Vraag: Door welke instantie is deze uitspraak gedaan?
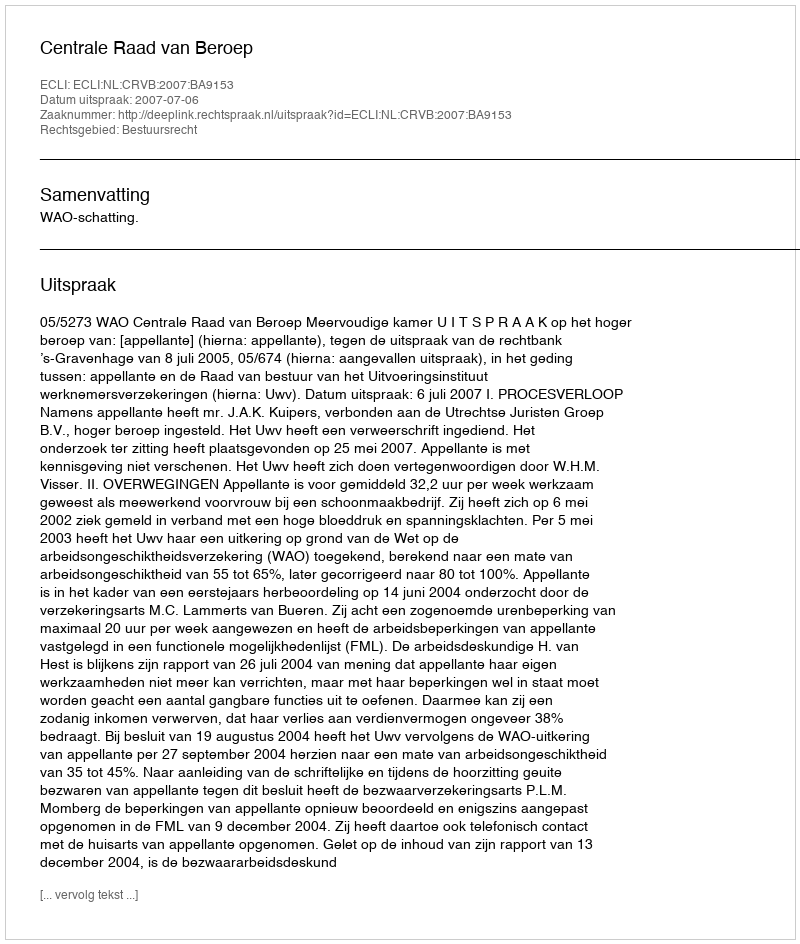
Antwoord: Centrale Raad van Beroep